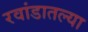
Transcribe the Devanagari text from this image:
रवांडातल्‍या